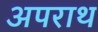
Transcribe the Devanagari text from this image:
अपराथ